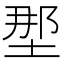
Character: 𫭹